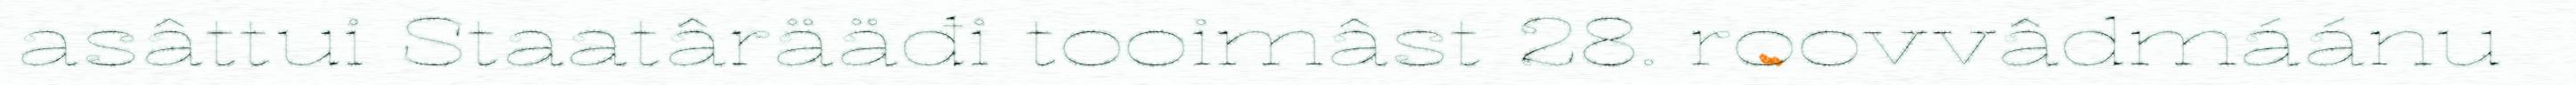
asâttui Staatârääđi tooimâst 28. roovvâdmáánu